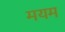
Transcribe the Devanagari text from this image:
मयम